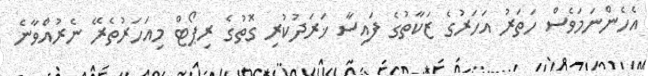
އެހެންނަމަވެސް ހަތަރު އަހަރުގެ ޒަކާތުގެ ފައިސާ ޚަރަދުކުރި ގޮތުގެ ރިޕޯޓް މިއަހަރުތެރޭ ނެރުއްވާނެ